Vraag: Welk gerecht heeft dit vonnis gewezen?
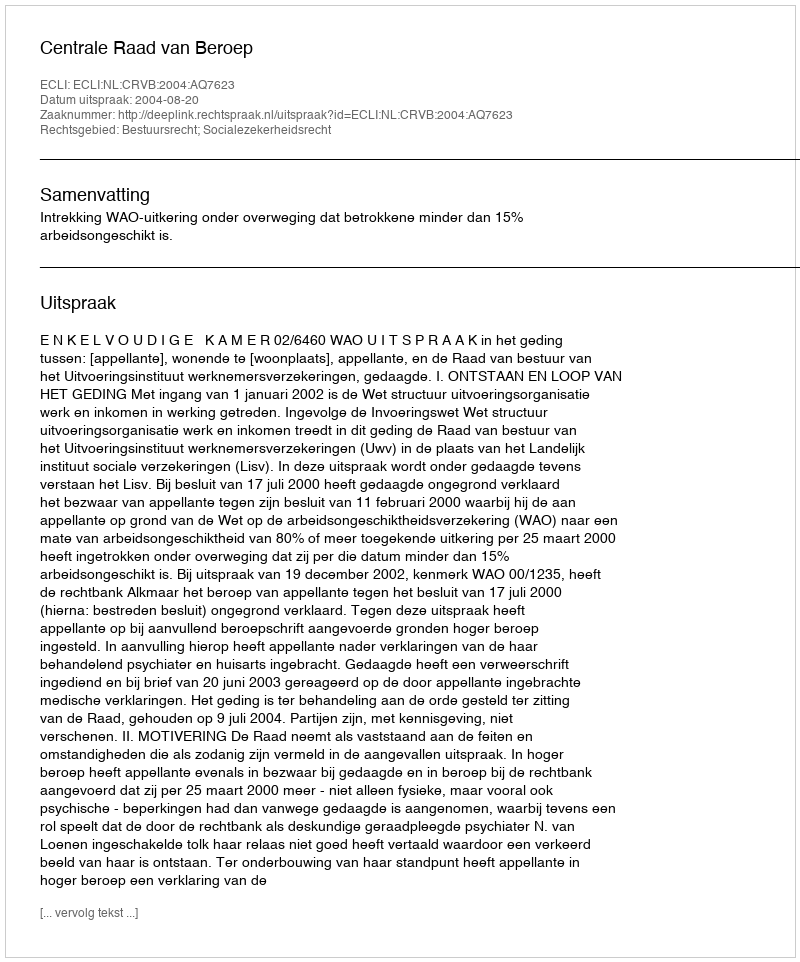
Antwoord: Centrale Raad van Beroep